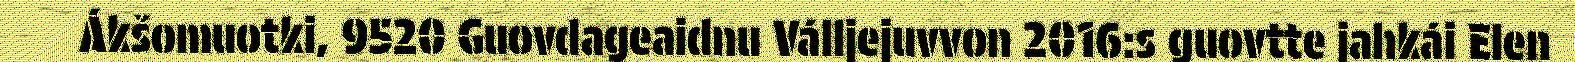
Ákšomuotki, 9520 Guovdageaidnu Válljejuvvon 2016:s guovtte jahkái Elen